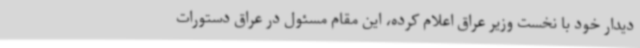
دیدار خود با نخست وزیر عراق اعلام کرده، این مقام مسئول در عراق دستورات